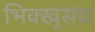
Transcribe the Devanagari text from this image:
भिक्खुसंघ